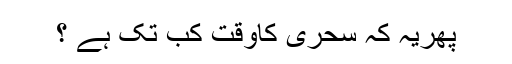
پھریہ کہ سحری کاوقت کب تک ہے ؟